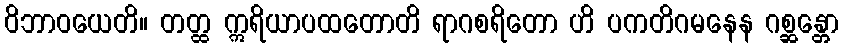
ဝိဘာဝယေတိ။ တတ္ထ ဣရိယာပထတောတိ ရာဂစရိတော ဟိ ပကတိဂမနေန ဂစ္ဆန္တော